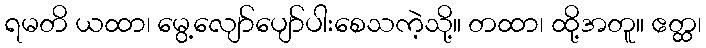
ရမတိ ယထာ၊ မွေ့လျော်ပျော်ပါးစေသကဲ့သို့။ တထာ၊ ထို့အတူ။ ဧတ္ထ၊